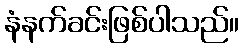
နံနက်ခင်းဖြစ်ပါသည်။